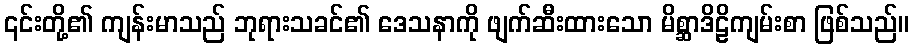
၎င်းတို့၏ ကျန်းမာသည် ဘုရားသခင်၏ ဒေသနာကို ဖျက်ဆီးထားသော မိစ္ဆာဒိဠိကျမ်းစာ ဖြစ်သည်။